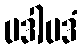
ပဒါပဒံ